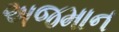
અજમાન